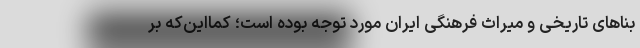
بناهای تاریخی و میراث فرهنگی ایران مورد توجه بوده است؛ کمااین‌که بر